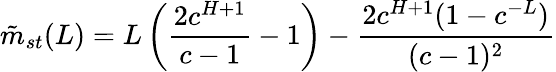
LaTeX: \tilde{m}_{st}(L)=L\left(\frac{2c^{H+1}}{c-1}-1\right)-\frac{2c^{H+1}(1-c^{-L})}{(c-1)^{2}}